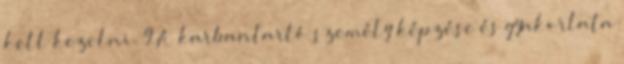
kell kezelni. 9 A karbantartó személy képzése és gyakorlata